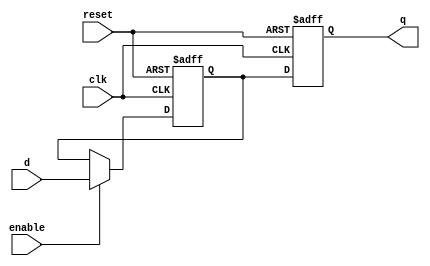
module sequential_logic_block (
    input wire clk,
    input wire reset,
    input wire enable,
    input wire d,
    output reg q
);

reg latch_output;

always @(posedge clk or posedge reset) begin
    if (reset) begin
        q <= 1'b0;
        latch_output <= 1'b0;
    end else begin
        if (enable) begin
            latch_output <= d;
        end
        q <= latch_output;
    end
end

endmodule